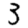
Digit: 3